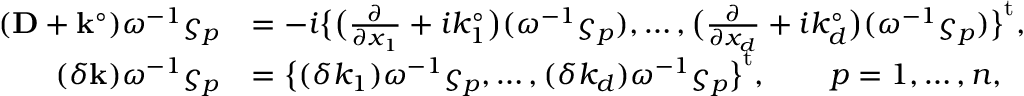
\begin{array} { r l } { ( \mathbf { D } + \mathbf { k } ^ { \circ } ) \omega ^ { - 1 } \varsigma _ { p } } & { = - i \bigl \{ \bigl ( \frac { \partial } { \partial x _ { 1 } } + i k _ { 1 } ^ { \circ } \bigr ) ( \omega ^ { - 1 } \varsigma _ { p } ) , \ldots , \bigl ( \frac { \partial } { \partial x _ { d } } + i k _ { d } ^ { \circ } \bigr ) ( \omega ^ { - 1 } \varsigma _ { p } ) \bigr \} ^ { \mathrm { t } } , } \\ { ( \delta \mathbf { k } ) \omega ^ { - 1 } \varsigma _ { p } } & { = \bigl \{ ( \delta k _ { 1 } ) \omega ^ { - 1 } \varsigma _ { p } , \ldots , ( \delta k _ { d } ) \omega ^ { - 1 } \varsigma _ { p } \bigr \} ^ { \mathrm { t } } , \qquad p = 1 , \ldots , n , } \end{array}